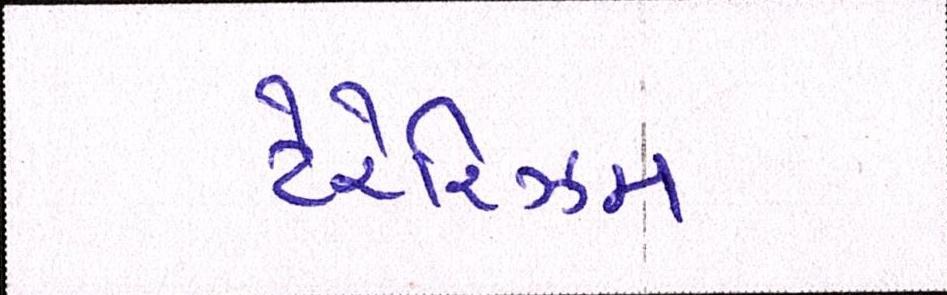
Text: ટેરરિઝમ